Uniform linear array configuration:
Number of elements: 16
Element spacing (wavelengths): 0.25
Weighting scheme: exponential
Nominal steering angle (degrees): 60
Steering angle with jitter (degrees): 58.846
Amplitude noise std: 0.05
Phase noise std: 0.05

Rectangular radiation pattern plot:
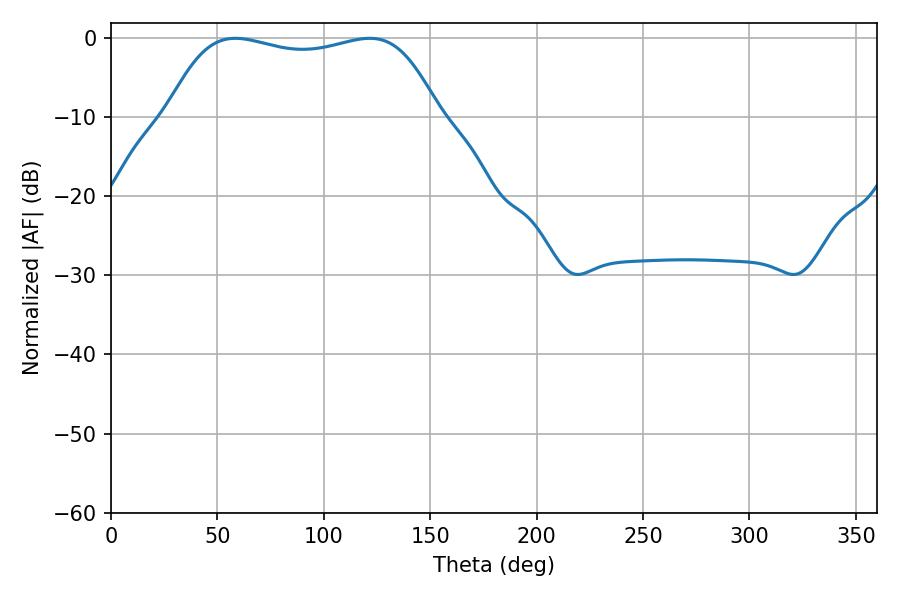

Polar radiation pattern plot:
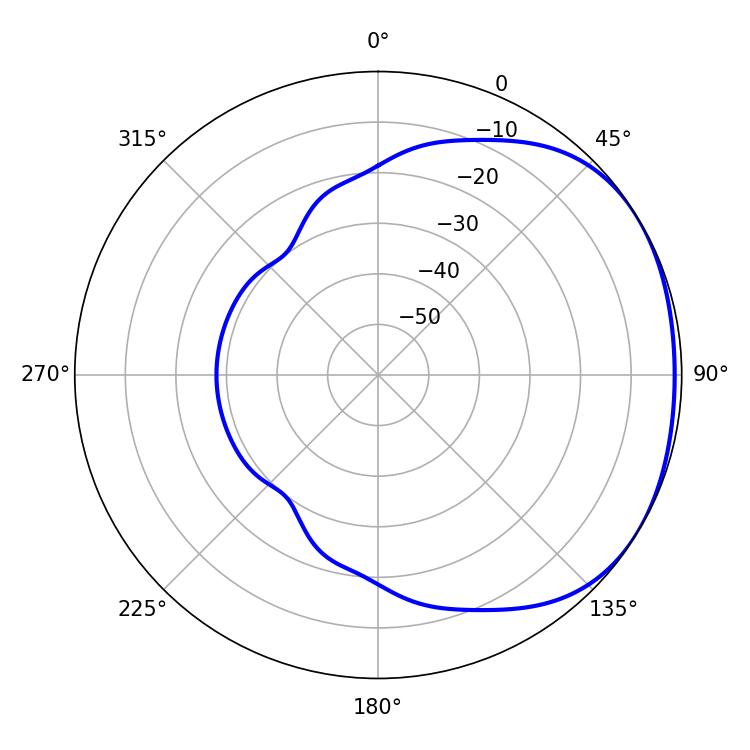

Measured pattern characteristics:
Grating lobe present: FALSE
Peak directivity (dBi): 1.566
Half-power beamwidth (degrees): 101.88
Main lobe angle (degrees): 58.5